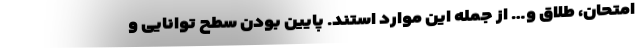
امتحان، طلاق و… از جمله این موارد استند. پایین بودن سطح توانایی و